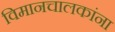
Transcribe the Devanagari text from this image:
विमानचालकांना